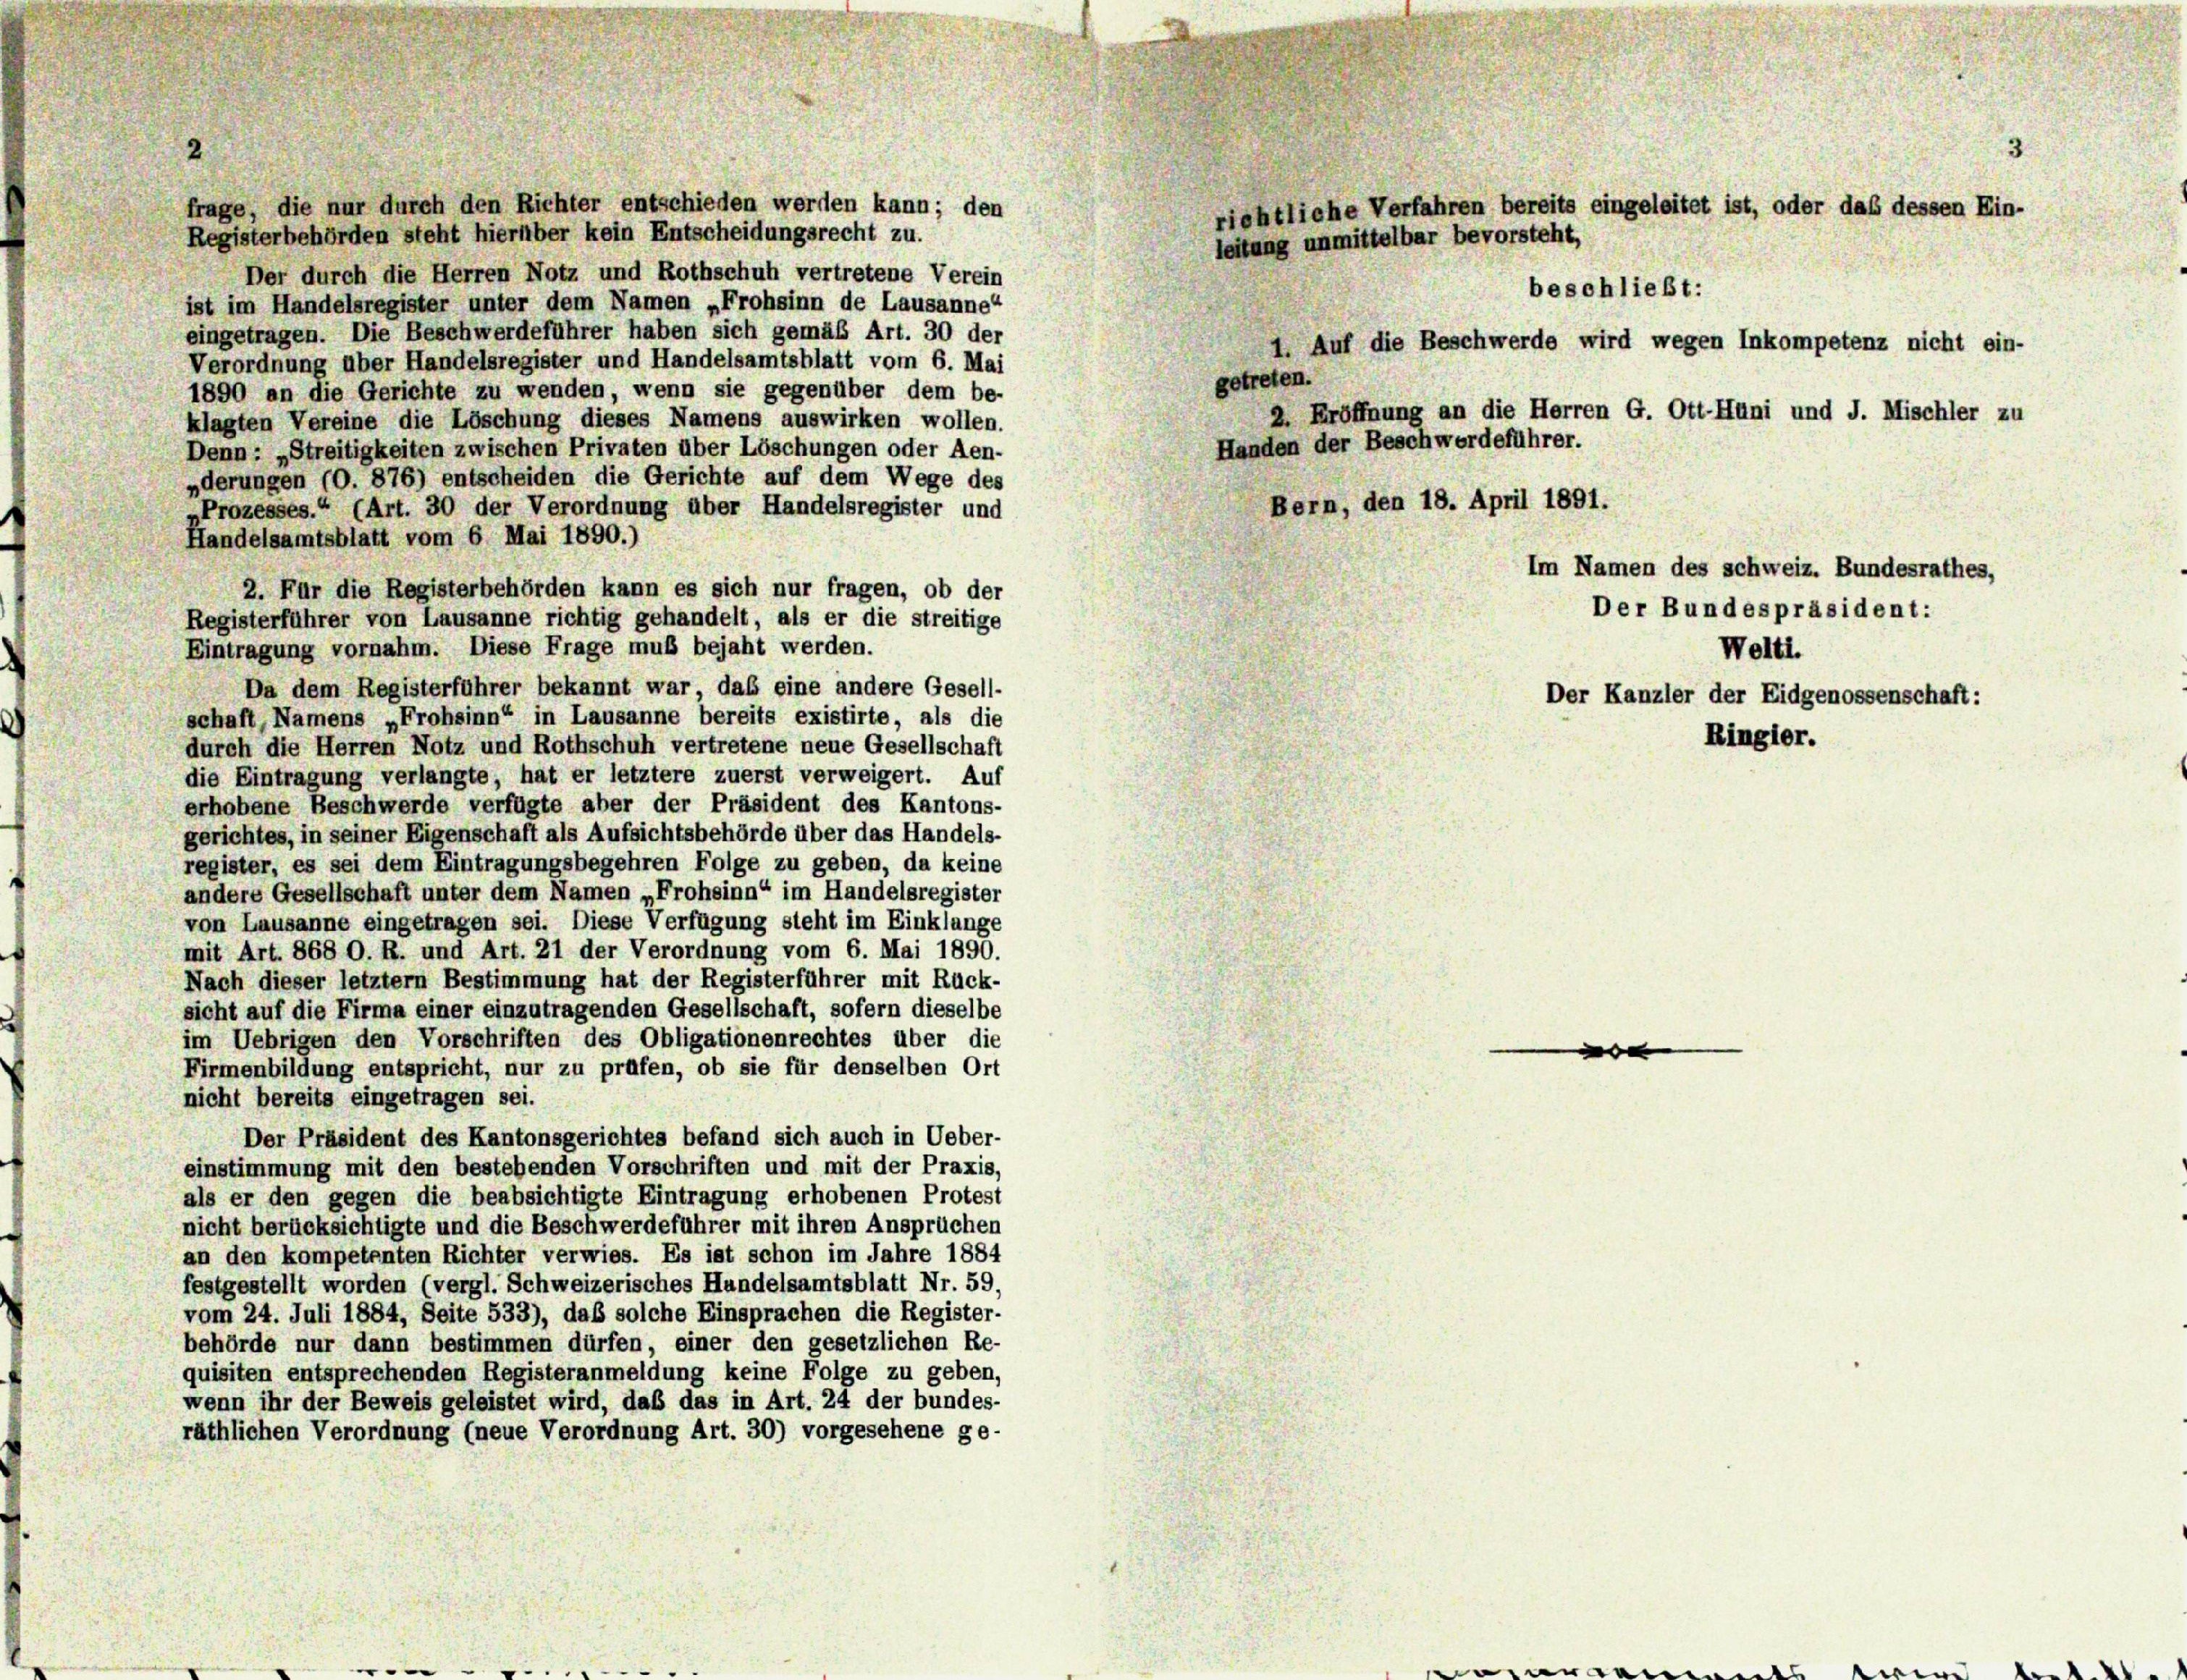
frage, die nur durch den Richter entschieden werden kann; den
Registerbehörden steht hierüber kein Entscheidungsrecht zu.
Der durch die Herren Notz und Rothschuh vertretene Verein
ist im Handelsregister unter dem Namen „Frohsinn de Lausanne“
eingetragen. Die Beschwerdeführer haben sich gemäß Art. 30 der
Verordnung über Handelsregister und Handelsamtsblatt vom 6. Mai
1890 an die Gerichte zu wenden, wenn sie gegenüber dem be-
klagten Vereine die Löschung dieses Namens auswirken wollen.
Denn : „Streitigkeiten zwischen Privaten über Löschungen oder Aen-
„derungen (O. 876) entscheiden die Gerichte auf dem Wege des
Prozesses.“ (Art. 30 der Verordnung über Handelsregister und
Handelsamtsblatt vom 6 Mai 1890.)
2. Für die Registerbehörden kann es sich nur fragen, ob der
Registerführer von Lausanne richtig gehandelt, als er die streitige
Eintragung vornahm. Diese Frage muß bejaht werden.
Da dem Registerführer bekannt war, das eine andere Gesell-
schaft, Namens „Frohsinn“ in Lausanne bereits existirte, als die
durch die Herren Notz und Rothschuh vertretene neue Gesellschaft
die Eintragung verlangte, hat er letztere zuerst verweigert. Auf
erhobene Beschwerde verfügte aber der Präsident des Kantons-
gerichtes, in seiner Eigenschaft als Aufsichtsbehörde über das Handels-
register, es sei dem Eintragungsbegehren Folge zu geben, da keine
andere Gesellschaft unter dem Namen „Frohsinn“ im Handelsregister
von Lausanne eingetragen sei. Diese Verfügung steht im Einklange
mit Art. 868 O. R. und Art. 21 der Verordnung vom 6. Mai 1890.
Nach dieser letztem Bestimmung hat der Registerführer mit Rück-
sicht auf die Firma einer einzutragenden Gesellschaft, sofern dieselbe
im Uebrigen den Vorschriften des Obligationenrechtes über die
Firmenbildung entspricht, nur zu prüfen, ob sie für denselben Ort
nicht bereits eingetragen sei.
Der Präsident des Kantonsgerichtes befand sich auch in Ueber-
einstimmung mit den bestehenden Vorschriften und mit der Praxis,
als er den gegen die beabsichtigte Eintragung erhobenen Protest
nicht berücksichtigte und die Beschwerdeführer mit ihren Ansprüchen
an den kompetenten Richter verwies. Es ist schon im Jahre 1884
festgestellt worden (vergl. Schweizerisches Hundelsamtsblatt Nr. 59.
vom 24. Juli 1884, Seite 533), daß solche Einsprachen die Register-
behörde nur dann bestimmen dürfen, einer den gesetzlichen Re-
quisiten entsprechenden Registeranmeldung keine Folge zu geben,
wenn ihr der Beweis geleistet wird, daß das in Art. 24 der bundes-
räthlichen Verordnung (neue Verordnung Art. 30) vorgesehene ge-

richtliche Verfahren bereits eingeleitet ist, oder das dessen Ein-
leitung unmittelbar bevorsteht,
beschließt:
1. Auf die Beschwerde wird wegen Inkompetenz nicht ein-
getreten.
2. Eröffnung an die Herren G. Ott-Huni und J. Mischler zu
Handen der Beschwerdeführer.
Bern, den 18. April 1891.
Im Namen des schweiz. Bundesrathes,
Der Bundespräsident:
Welti.
Der Kanzler der Eidgenossenschaft:

3

Ringler.